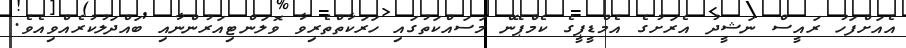
އެއަށްފަހު ރައީސް ނަޝީދު އެރަށުގެ އެމްޑީޕީގެ ކެމްޕޭން މަސައްކަތުގައި ހަރަކާތްތެރިވާ ވޮލަންޓިއަރުންނާއި ބައްދަލުކުރެއްވިއެވެ.